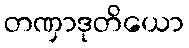
တဏှာဒုတိယော